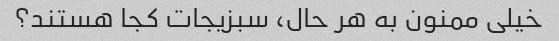
خیلی ممنون به هر حال، سبزیجات کجا هستند؟